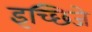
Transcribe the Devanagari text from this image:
इच्छिजे